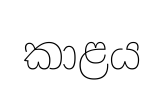
කාළය